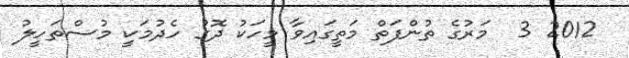
2012 3  މަރުގެ ތުންފަތް މަތީގައިވާ މީހަކު ދޮގު ހެދުމަކީ މުސްތަހީލު